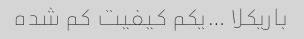
باریکلا …یکم کیفیت کم شده